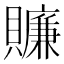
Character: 𧸖